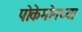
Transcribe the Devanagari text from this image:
पोकेमोनच्या